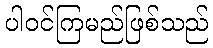
ပါဝင်ကြမည်ဖြစ်သည်